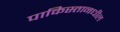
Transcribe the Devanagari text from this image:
पाकिस्तानधील